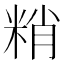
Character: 𥹶